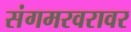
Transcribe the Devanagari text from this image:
संगमरवरावर